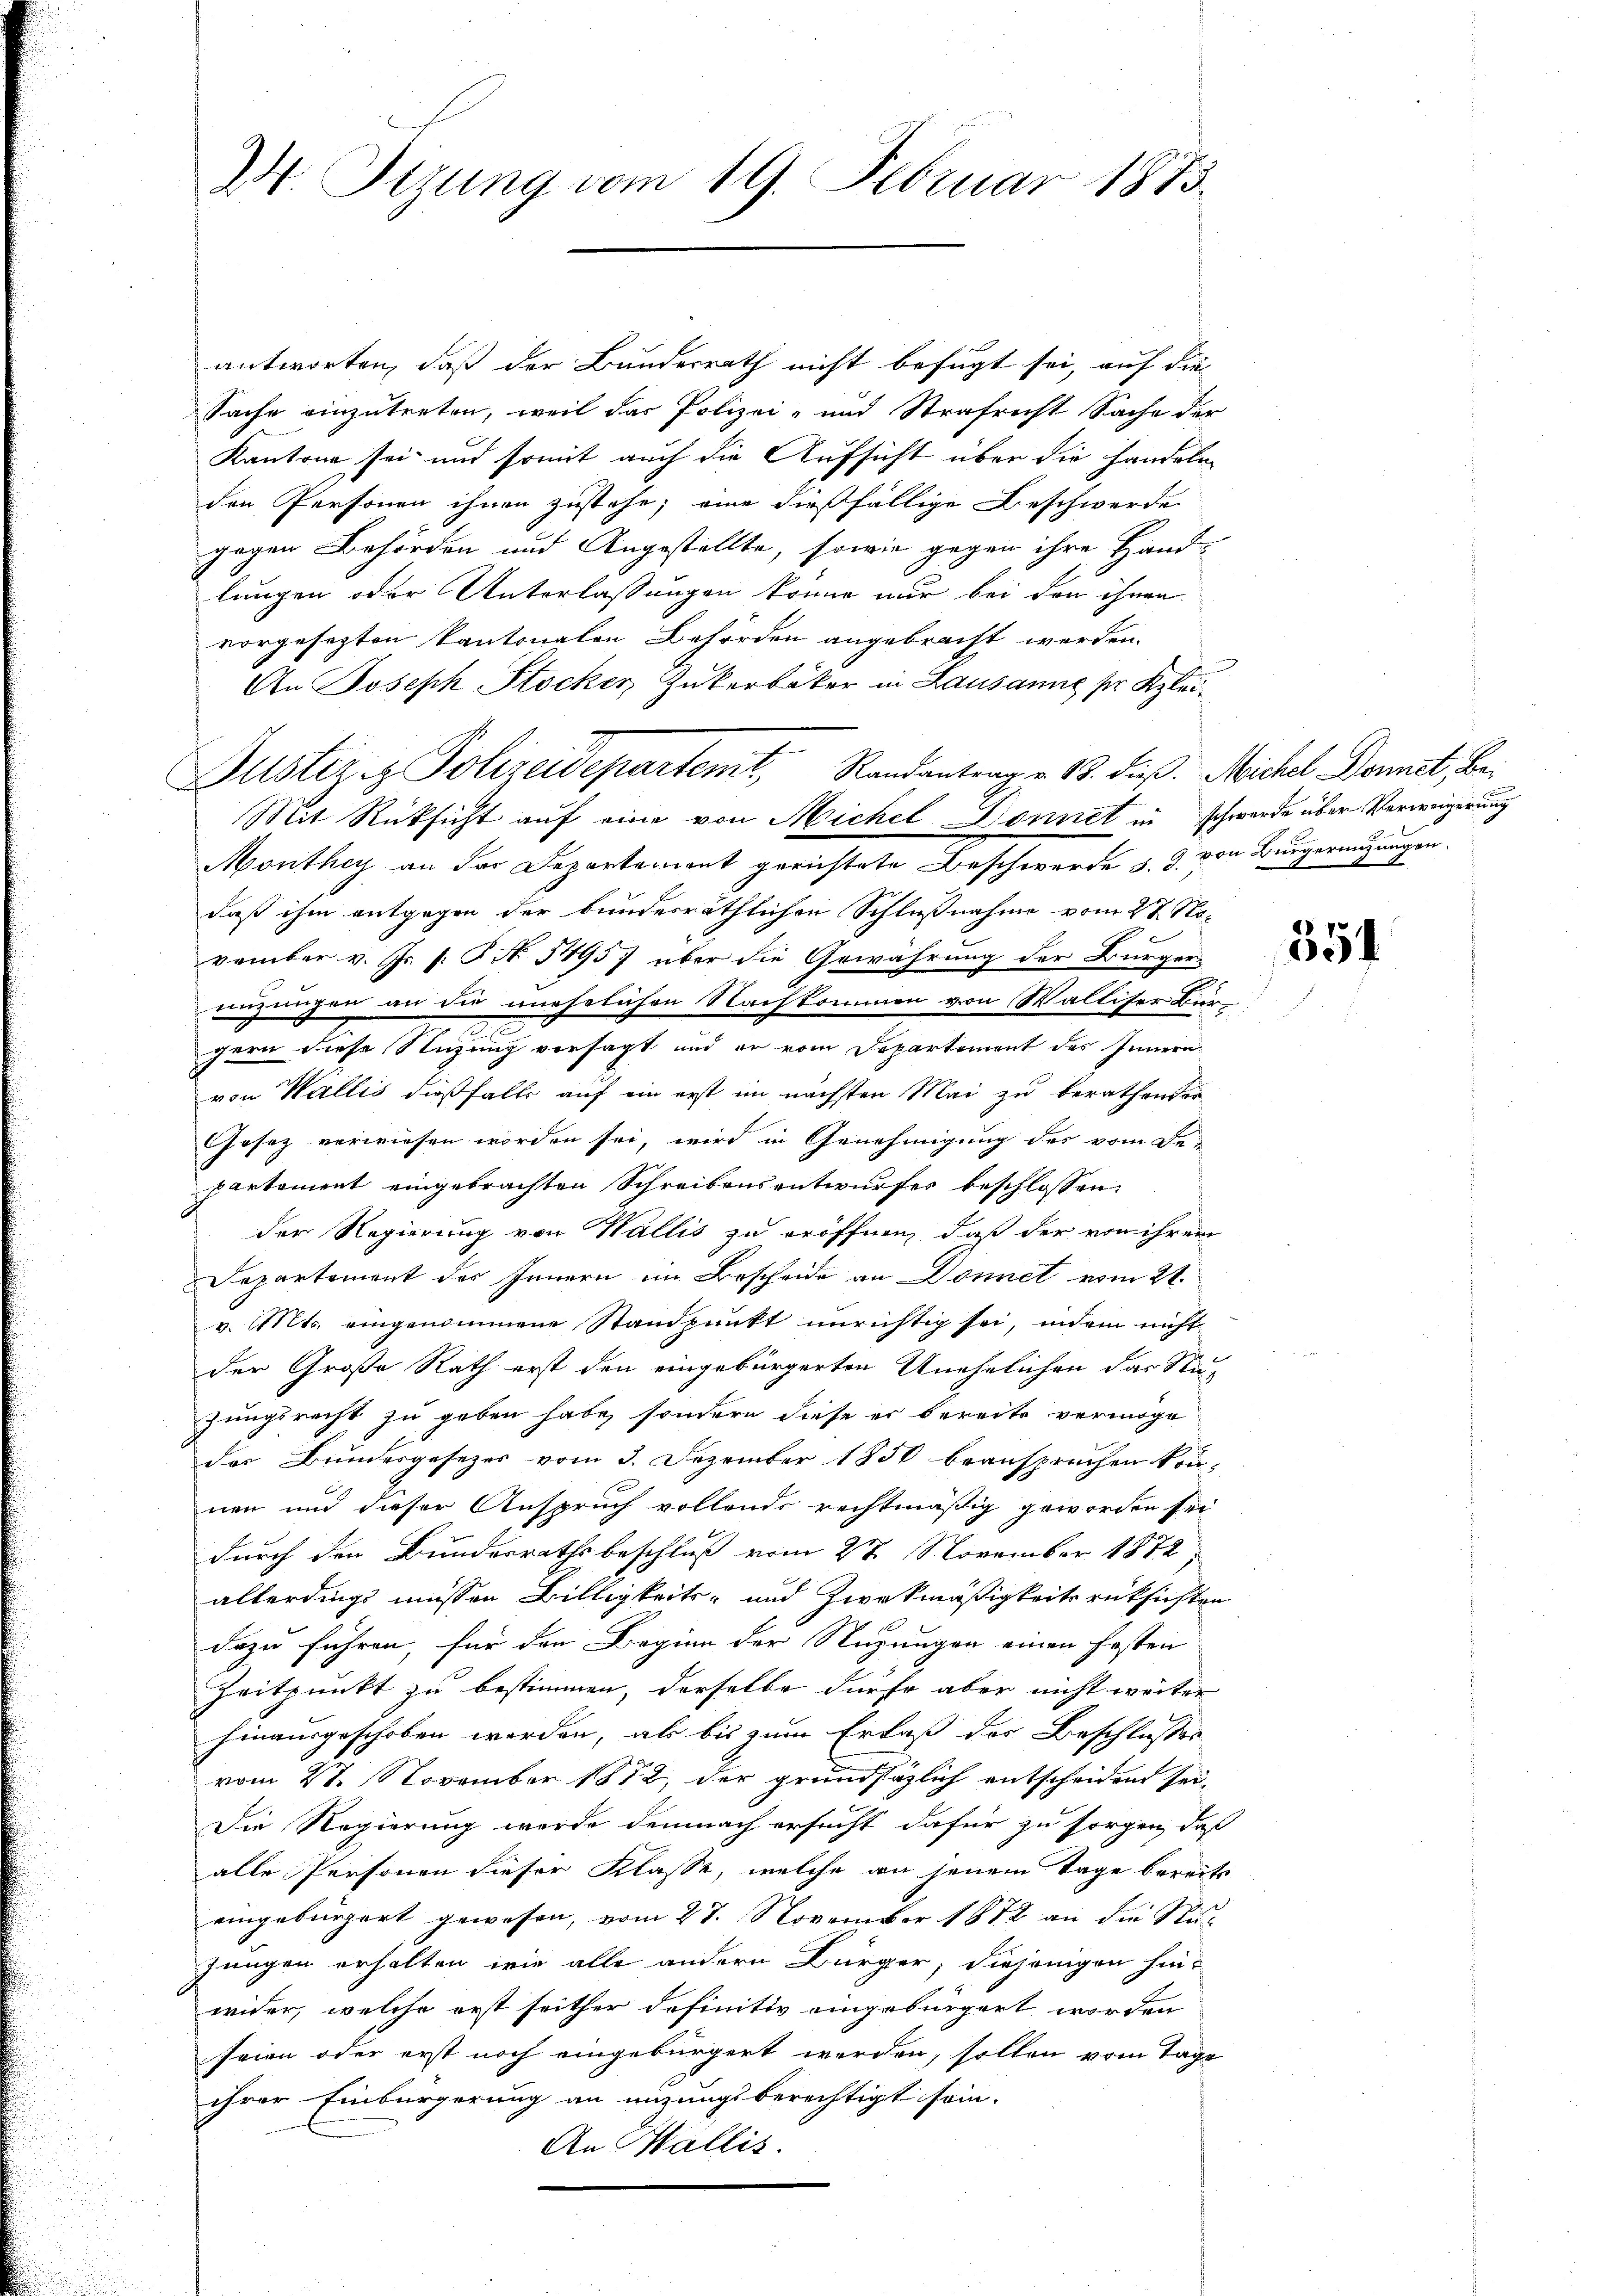
W. Tizung vom 19. Februar 1873.

antworten, daß der Bundesrath nicht befugt sei, auf die
Sache einzutreten, weil das Polizei- und Strafricht Sache der
Kantone sei und somit auch die Aufsicht über die Handeln
den Personen ihnen zustehe; eine dießfällige Beschwerde
gegen Behörden und Angestellte, sowie gegen ihre Handlungen oder Unterlassungen könne nur bei den ihnen
vorgesezten kantonalen Behörden angebracht werden.
An Joseph Stocker Zukerbäker in Lausanne pr. Klei¬
Mit Rücksicht auf eine von Michel, Donnet in schwerde über Verweigerung
Monthey an der Departement gerichtete Beschwerde d. d. von Burgerenzungen.
daß ihm entgegen der bunderräthlichen Schlußnahme vom 27. November v. Js. f. P. N. 5495) über die Gewährung der Bürger-
einzungen an die unehelichen Nachkommen von Walliser Bür¬
I
gern diese Stüzung versagt und er vom Departement des Innern
von Wallis dießfalls auf ein erst im nächsten Mai zu berathender
Gesez verwiesen worden sei, wird in Genehmigung des vom Be-
partement eingebrachten Schreibensentwurfes beschlossen:
der Regierung von Wallis zu eröffnen, daß der von ihrem
Departement des Innern im Bescheide an Donnet vom 21.
v. Mts. eingenommene Standpunkt unrichtig sei, indem nicht
der Große Rath erst den eingebürgerten Unehelichen das Stuzungsrecht zu geben habe, sondern diese er bereits vermöge
der Bundesgesezes vom 3. Dezember 1850 beanspruchen könnnen und dieser Anspruch vollends rechtmäßig geworden sei
durch den Bunderrathsbeschluß vom 27 November 1872
allerdings müssen Billigkeits- und Zweckmäßigkeitsrücksichten
dazu führen, für den Beginn der Stüzungen einen festen
Zeitpunkt zu bestimmen, derselbe dürfe aber nicht weiter
hinausgeschoben werden, als bis zum Erlaß des Beschlusser
vom 27. November 1872, der grundsazlich entscheidend sei,
Die Regierung werde demnach ersucht dafür zu sorgen, daß
alle Personen dieser Klasse, welche an jenem Tage bereits
eingebürgert gewesen, vom 27. November 1872 an die Nujungen erhalten wie alle andern Bürger, diejenigen hinwider, welche erst seither definitiv eingebürgert worden
seien oder erst noch eingebürgert werden, sollen vom Tage
ihrer Einbürgerung an anzungsberechtigt sein.
An Wallis.

Justiz- & Polizeidepartemt, Randantrag e 13. daß. Michel Donnet, be¬

2.

351